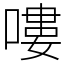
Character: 嘍